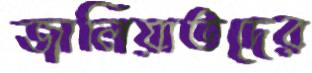
জালিয়াতদের